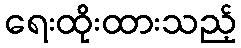
ရေးထိုးထားသည့်